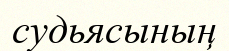
судьясының